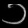
Digit: ၁